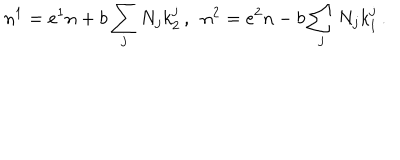
n ^ { 1 } = e ^ { 1 } n + b \sum _ { j } N _ { j } k _ { 2 } ^ { j } \, , \enspace n ^ { 2 } = e ^ { 2 } n - b \sum _ { j } N _ { j } k _ { 1 } ^ { j } \, .